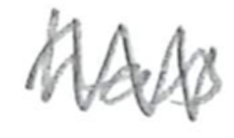
Text: has
Cross-out: mix
Writing tool: pencil